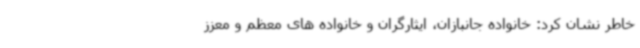
خاطر نشان کرد: خانواده جانبازان، ایثارگران و خانواده های معظم ‌و معزز